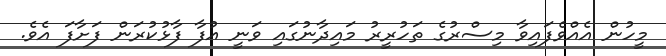
މީހުން އެއްވެފައިވާ މިސްރުގެ ތަހުރީރު މައިދާނުގައި ވަނީ އުފާ ފާޅުކުރަން ފަށާފަ އެވެ.